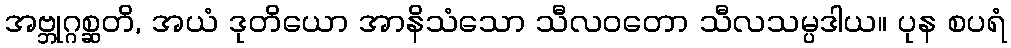
အဗ္ဘုဂ္ဂစ္ဆတိ, အယံ ဒုတိယော အာနိသံသော သီလဝတော သီလသမ္ပဒါယ။ ပုန စပရံ